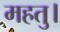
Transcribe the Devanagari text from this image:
महतु।